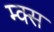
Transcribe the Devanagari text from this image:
म्क्स